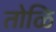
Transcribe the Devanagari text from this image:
तोळि